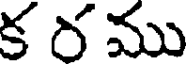
క ర ము